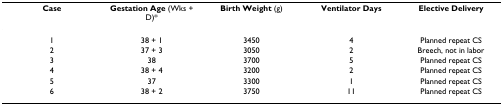
<table><thead><tr><td><b>Case</b></td><td><b>Gestation Age (Wks + D)*</b></td><td><b>Birth Weight (g)</b></td><td><b>Ventilator Days</b></td><td><b>Elective Delivery</b></td></tr></thead><tbody><tr><td>1</td><td>38 + 1</td><td>3450</td><td>4</td><td>Planned repeat CS</td></tr><tr><td>2</td><td>37 + 3</td><td>3050</td><td>2</td><td>Breech, not in labor</td></tr><tr><td>3</td><td>38</td><td>3700</td><td>5</td><td>Planned repeat CS</td></tr><tr><td>4</td><td>38 + 4</td><td>3200</td><td>2</td><td>Planned repeat CS</td></tr><tr><td>5</td><td>37</td><td>3300</td><td>1</td><td>Planned repeat CS</td></tr><tr><td>6</td><td>38 + 2</td><td>3750</td><td>11</td><td>Planned repeat CS</td></tr></tbody></table>